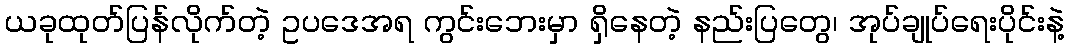
ယခုထုတ်ပြန်လိုက်တဲ့ ဥပဒေအရ ကွင်းဘေးမှာ ရှိနေတဲ့ နည်းပြတွေ၊ အုပ်ချုပ်ရေးပိုင်းနဲ့